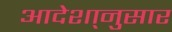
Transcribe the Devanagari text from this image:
आदेशा्नुसार